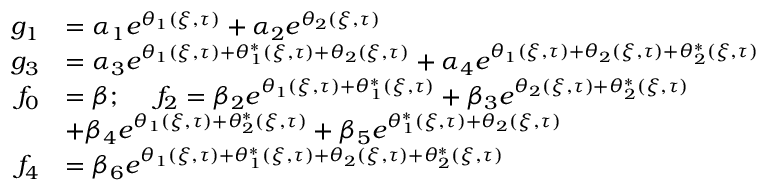
\begin{array} { r l } { g _ { 1 } } & { = \alpha _ { 1 } e ^ { \theta _ { 1 } ( \xi , \tau ) } + \alpha _ { 2 } e ^ { \theta _ { 2 } ( \xi , \tau ) } } \\ { g _ { 3 } } & { = \alpha _ { 3 } e ^ { \theta _ { 1 } ( \xi , \tau ) + \theta _ { 1 } ^ { * } ( \xi , \tau ) + \theta _ { 2 } ( \xi , \tau ) } + \alpha _ { 4 } e ^ { \theta _ { 1 } ( \xi , \tau ) + \theta _ { 2 } ( \xi , \tau ) + \theta _ { 2 } ^ { * } ( \xi , \tau ) } } \\ { f _ { 0 } } & { = \beta ; \quad \ f _ { 2 } = \beta _ { 2 } e ^ { \theta _ { 1 } ( \xi , \tau ) + \theta _ { 1 } ^ { * } ( \xi , \tau ) } + \beta _ { 3 } e ^ { \theta _ { 2 } ( \xi , \tau ) + \theta _ { 2 } ^ { * } ( \xi , \tau ) } } \\ & { + \beta _ { 4 } e ^ { \theta _ { 1 } ( \xi , \tau ) + \theta _ { 2 } ^ { * } ( \xi , \tau ) } + \beta _ { 5 } e ^ { \theta _ { 1 } ^ { * } ( \xi , \tau ) + \theta _ { 2 } ( \xi , \tau ) } } \\ { f _ { 4 } } & { = \beta _ { 6 } e ^ { \theta _ { 1 } ( \xi , \tau ) + \theta _ { 1 } ^ { * } ( \xi , \tau ) + \theta _ { 2 } ( \xi , \tau ) + \theta _ { 2 } ^ { * } ( \xi , \tau ) } } \end{array}